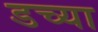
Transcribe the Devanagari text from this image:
डच्या